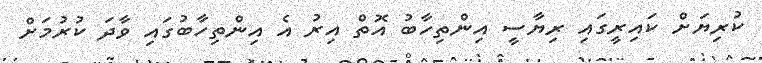
ކުރިޔަށް ކައިރީގައި ރިޔާސީ އިންތިހާބު އޮތް އިރު އެ އިންތިހާބުގައި ވާދަ ކުރުމަށް